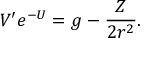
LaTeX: V ^ { \prime } e ^ { - U } = g - \frac { Z } { 2 r ^ { 2 } } .